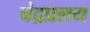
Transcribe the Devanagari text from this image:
चंद्रप्रलय